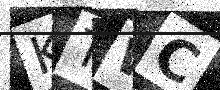
Text: KTWC